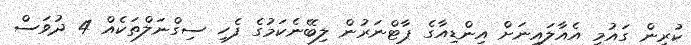
ކުރިން ގައުމީ އެއާލައިނަށް އިންޑިއާގެ ޕާޓްނަރުން ލިބޭނެކަމުގެ ފެހި ސިގްނަލްތަކެއް 4 ދުވަސް